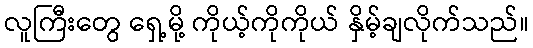
လူကြီးတွေ ရှေ့မို့ ကိုယ့်ကိုကိုယ် နှိမ့်ချလိုက်သည်။